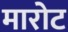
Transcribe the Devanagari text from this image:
मारोट